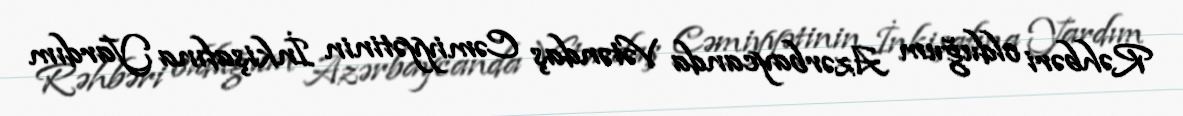
Rəhbəri olduğum Azərbaycanda Vətəndaş Cəmiyyətinin İnkişafına Yardım